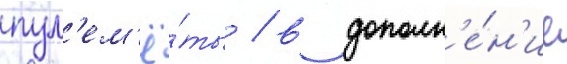
пул'ем'ё́ты / в дополн'е́н'ие